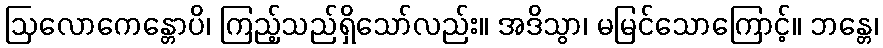
ဩလောကေန္တောပိ၊ ကြည့်သည်ရှိသော်လည်း။ အဒိသွာ၊ မမြင်သောကြောင့်။ ဘန္တေ၊